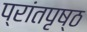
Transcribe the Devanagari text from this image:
प्रांतपृष्ठ